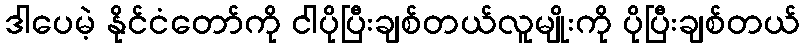
ဒါပေမဲ့ နိုင်ငံတော်ကို ငါပိုပြီးချစ်တယ်လူမျိုးကို ပိုပြီးချစ်တယ်